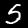
Digit: 5